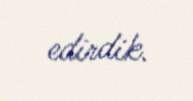
edirdik.